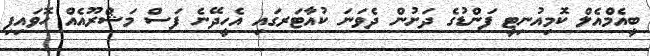
ބީއެމްއެލް ކޮމިއުނިޓީ ފަންޑުގެ ދަށުން ދެވަނަ ކުއާޓަރގައި އެހީދޭނެ ފަސް މަޝްރޫއެއް ހޮވައިފި